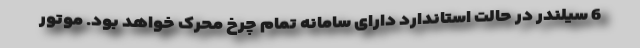
6 سیلندر در حالت استاندارد دارای سامانه تمام چرخ محرک خواهد بود. موتور